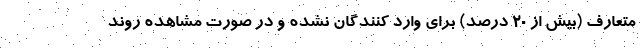
متعارف (بیش از ۲۰ درصد) برای وارد کنندگان نشده و در صورت مشاهده روند